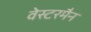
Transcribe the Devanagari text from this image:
वेस्टरमैन